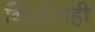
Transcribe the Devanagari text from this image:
निर्माताही